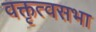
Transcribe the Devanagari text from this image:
वक्तृत्वसभा